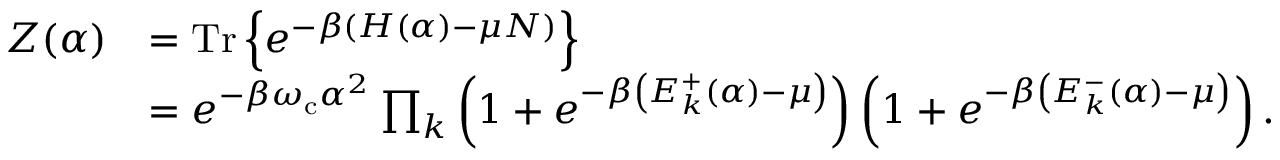
\begin{array} { r l } { Z ( \alpha ) } & { = \mathrm { T r } \left\{ e ^ { - \beta \left( H ( \alpha ) - \mu N \right) } \right\} } \\ & { = e ^ { - \beta \omega _ { \mathrm { c } } \alpha ^ { 2 } } \prod _ { k } \left( 1 + e ^ { - \beta \left( E _ { k } ^ { + } ( \alpha ) - \mu \right) } \right) \left( 1 + e ^ { - \beta \left( E _ { k } ^ { - } ( \alpha ) - \mu \right) } \right) . } \end{array}